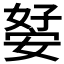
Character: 𭒊